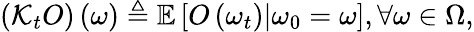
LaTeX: \left(\mathcal{K}_{t}O\right)\left(\omega\right)\triangleq\mathbb{E}\left[O\left(\omega_{t}\right)\vert\omega_{0}=\omega\right],\forall\omega\in\Omega,